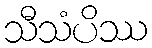
သီသံပိဿ